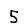
Digit: 5